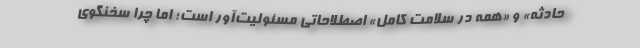
حادثه» و «همه در سلامت کامل» اصطلاحاتی مسئولیت‌آور است؛ اما چرا سخنگوی